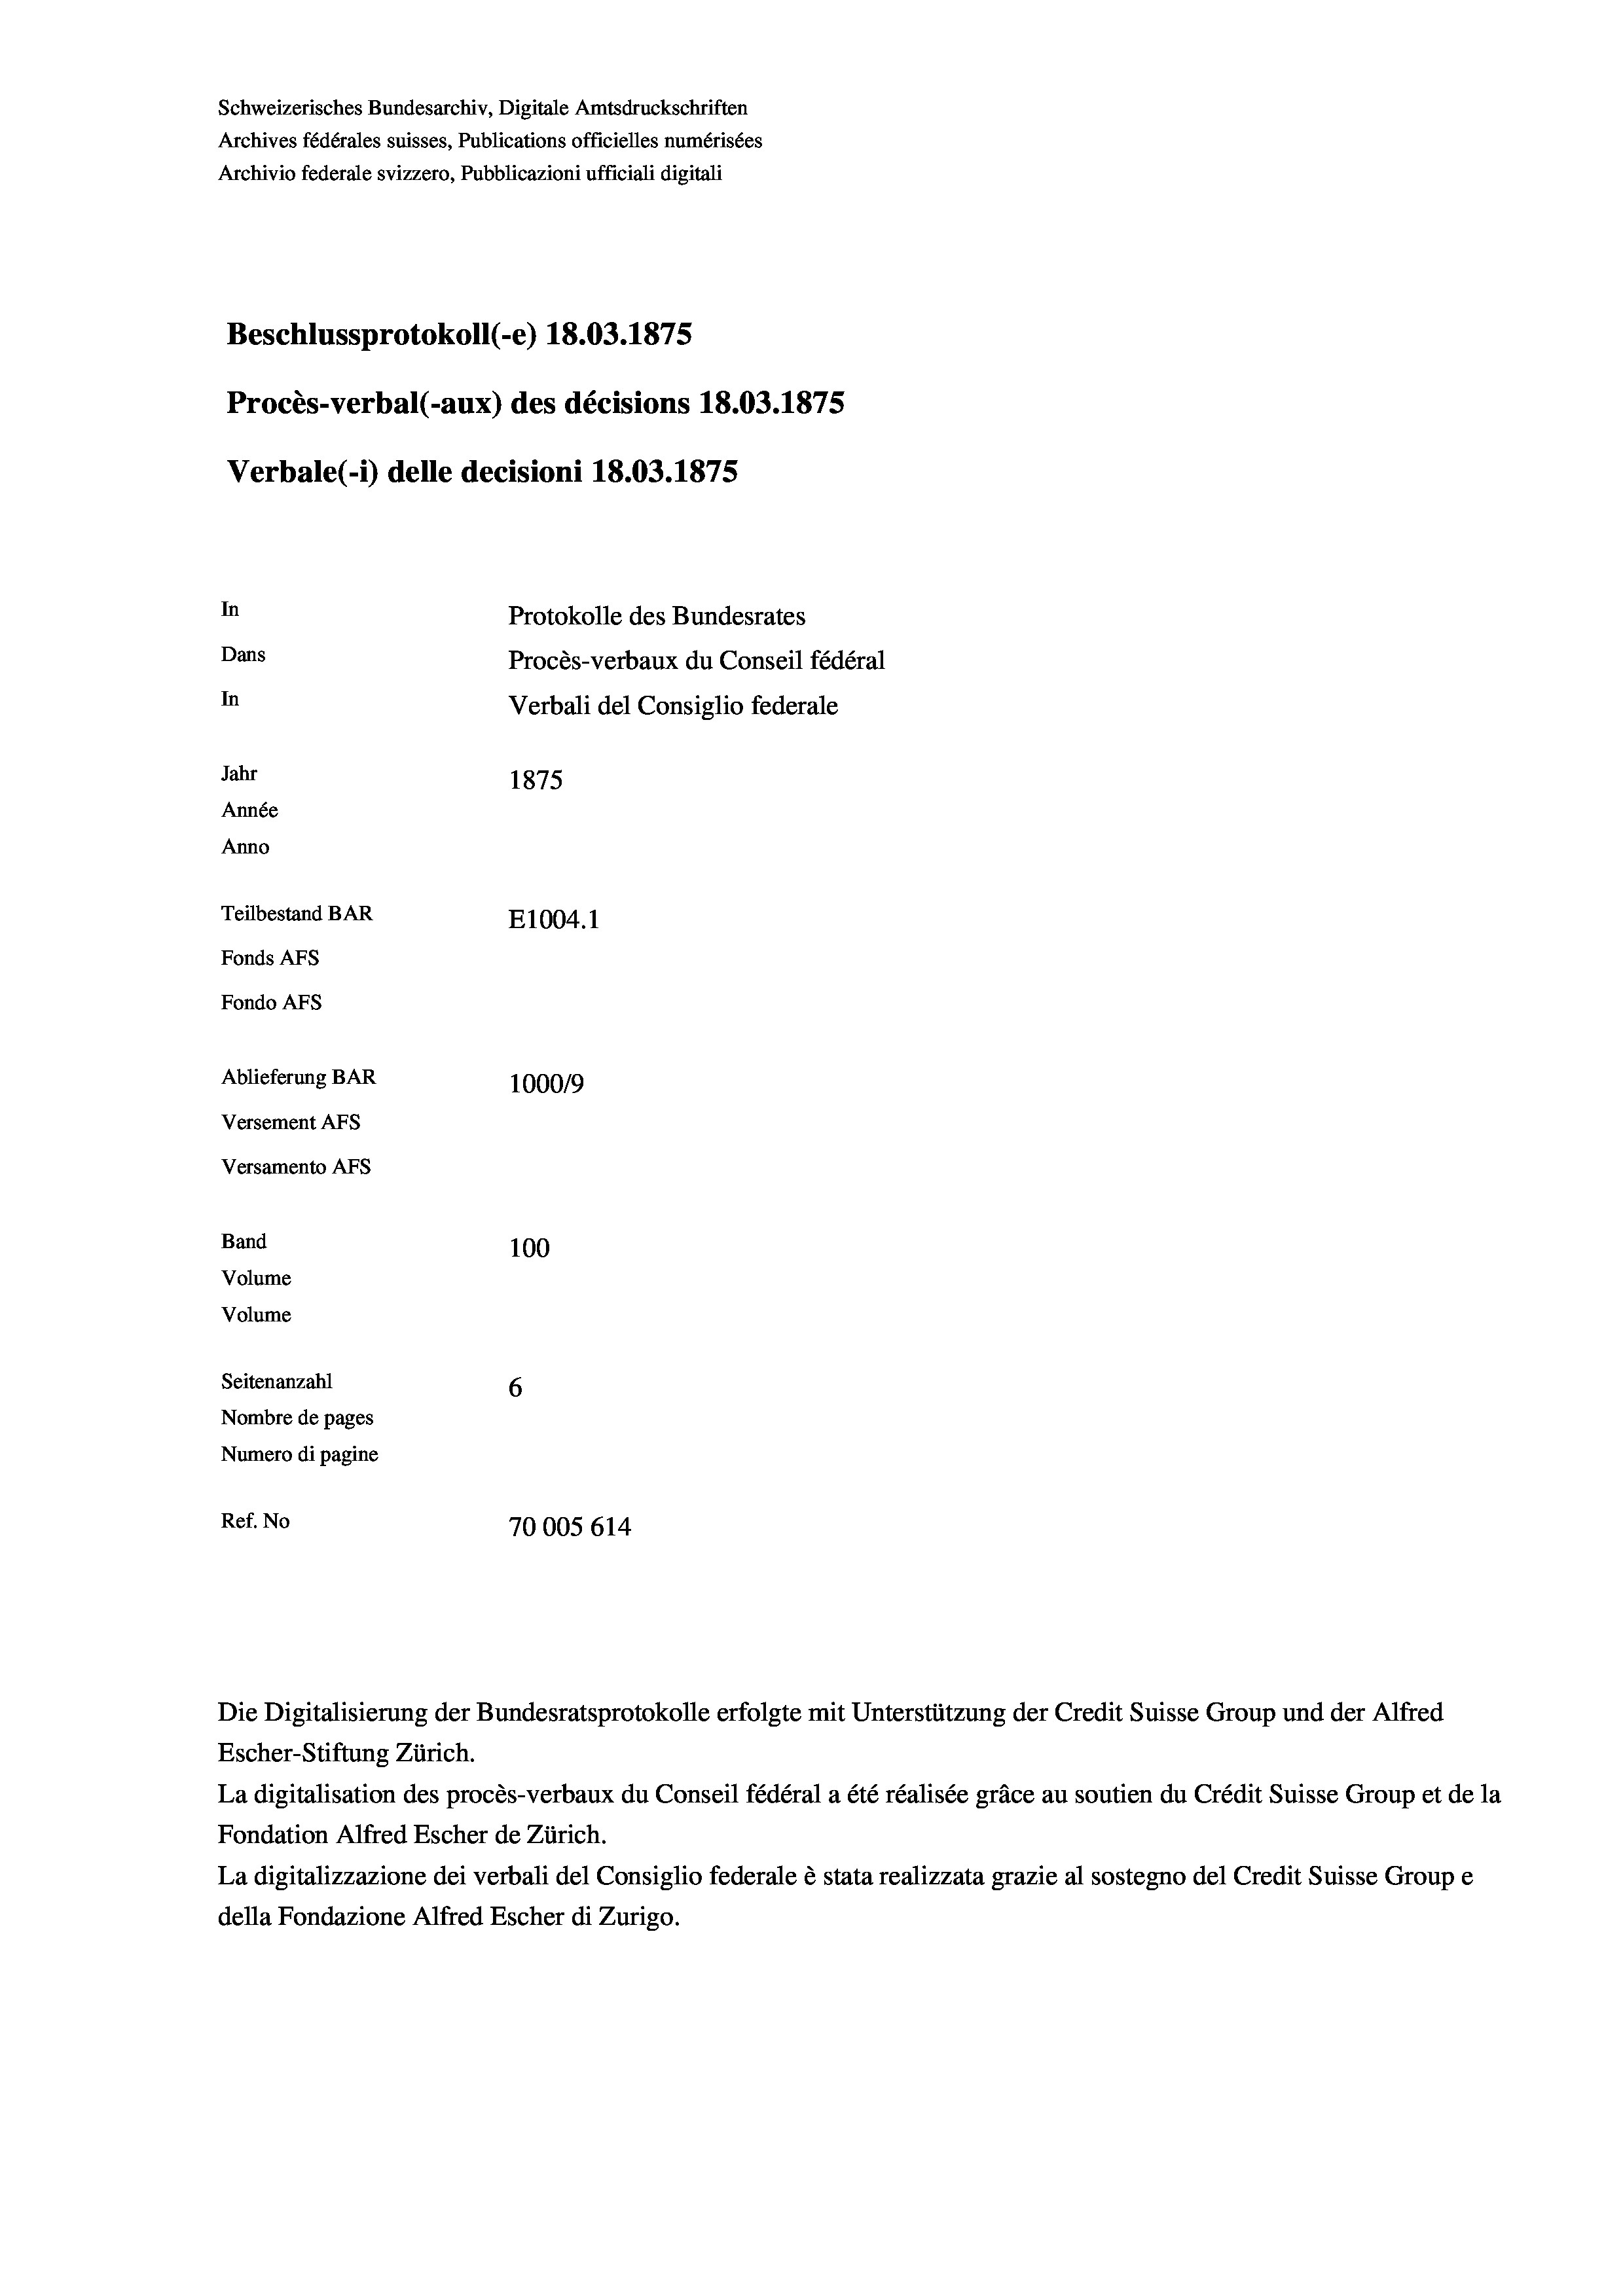
Schweizerisches Bundesarchiv, Digitale Amtsdruckschriften
Archives fédérales suisses, Publications officielles numérisées
Archivio federale svizzero, Pubblicazioni ufficiali digitali
Beschlussprotokoll (-e) 18.03. 1875
Procès-verbal (-aux) des décisions 18.03. 1875
Verbale (1) delle decisioni 18.03. 1875
In
Protokolle des Bundesrates
Dans
Procès-verbaux du Conseil fédéral
In
Verbali del Consiglio federale
Jahr
1875
Année
Anno
Teilbestand BAR
E1004. 1
Fonds AFs
Fondo AFS
Ablieferung BAR
1000/9
Versement Abs
Versamento Afs
Band
100
Volume
Volume

Seitenanzahl
6
Nombre de pages
Numero di pagine
Ref. No
70005 614

Die Digitalisierung der Bundesratsprotokolle erfolgte mit Unterstützung der Credit Suisse Group und der Alfred
Escher-Stiftung Zürich.
La digitalisation des procès-verbaux du Conseil fédéral a été réalisée gräce au soutien du Crédit Suisse Group et de la
Fondation Alfred Escher de Zürich.
La digitalizzazione dei verbali del Consiglio federale è stata realizzata grazie al sostegno del Credit Suisse Groupe
della Fondazione Alfred Escher di Zurigo.